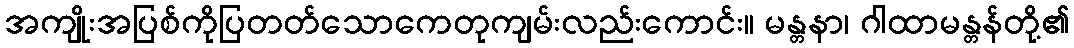
အကျိုးအပြစ်ကိုပြတတ်သောကေတုကျမ်းလည်းကောင်း။ မန္တနာ၊ ဂါထာမန္တန်တို့၏